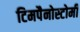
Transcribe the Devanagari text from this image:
टिमपैनोस्टोमी